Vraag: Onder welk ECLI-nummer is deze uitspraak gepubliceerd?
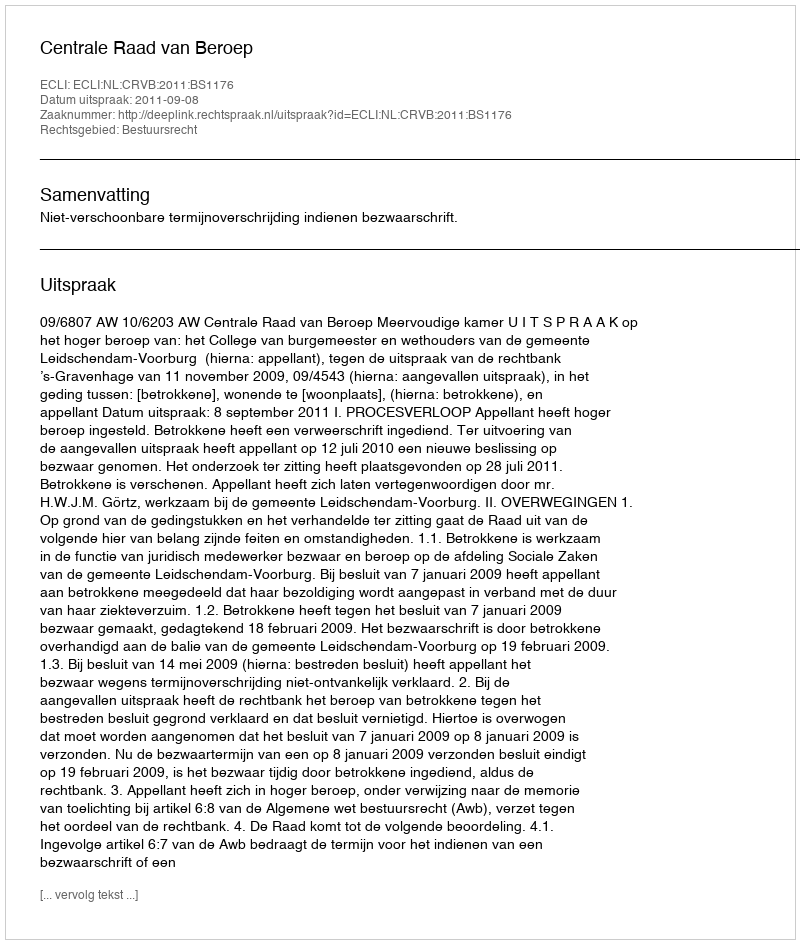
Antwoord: ECLI:NL:CRVB:2011:BS1176